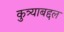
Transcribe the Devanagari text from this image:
कुत्र्याबद्दल